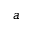
a